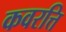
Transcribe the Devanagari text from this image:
कवरत्ति